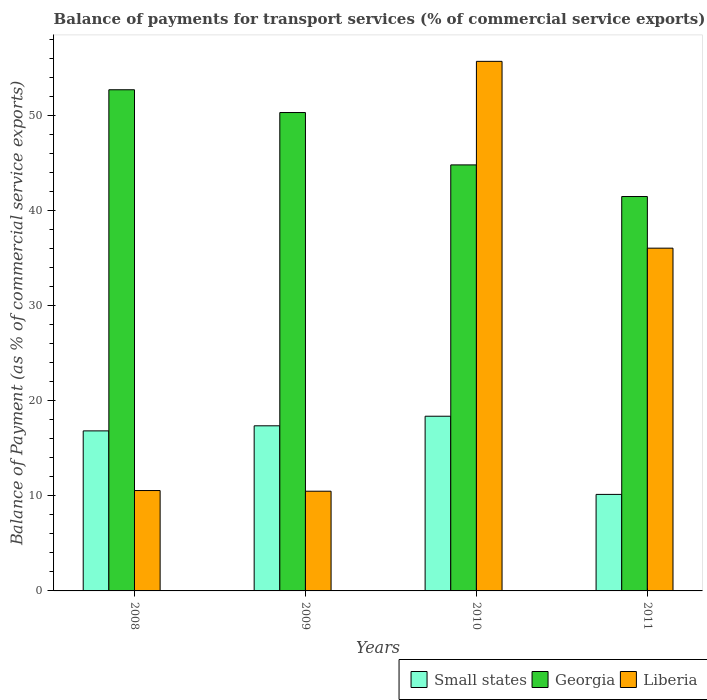
| Years | Small states | Georgia | Liberia |
 | --- | --- | --- | --- |
 | 2008 | 16.8 | 52.7 | 10.6 |
 | 2009 | 17.4 | 50.3 | 10.5 |
 | 2010 | 18.4 | 44.8 | 55.7 |
 | 2011 | 10.2 | 41.5 | 36.1 |